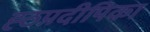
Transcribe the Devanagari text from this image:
ह्ठप्रदीपिका